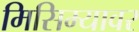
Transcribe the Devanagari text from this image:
मिसिम्यावर